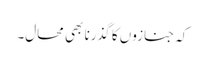
کہ جنازوں کا گذرنا بھی محال۔